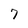
Character: 7